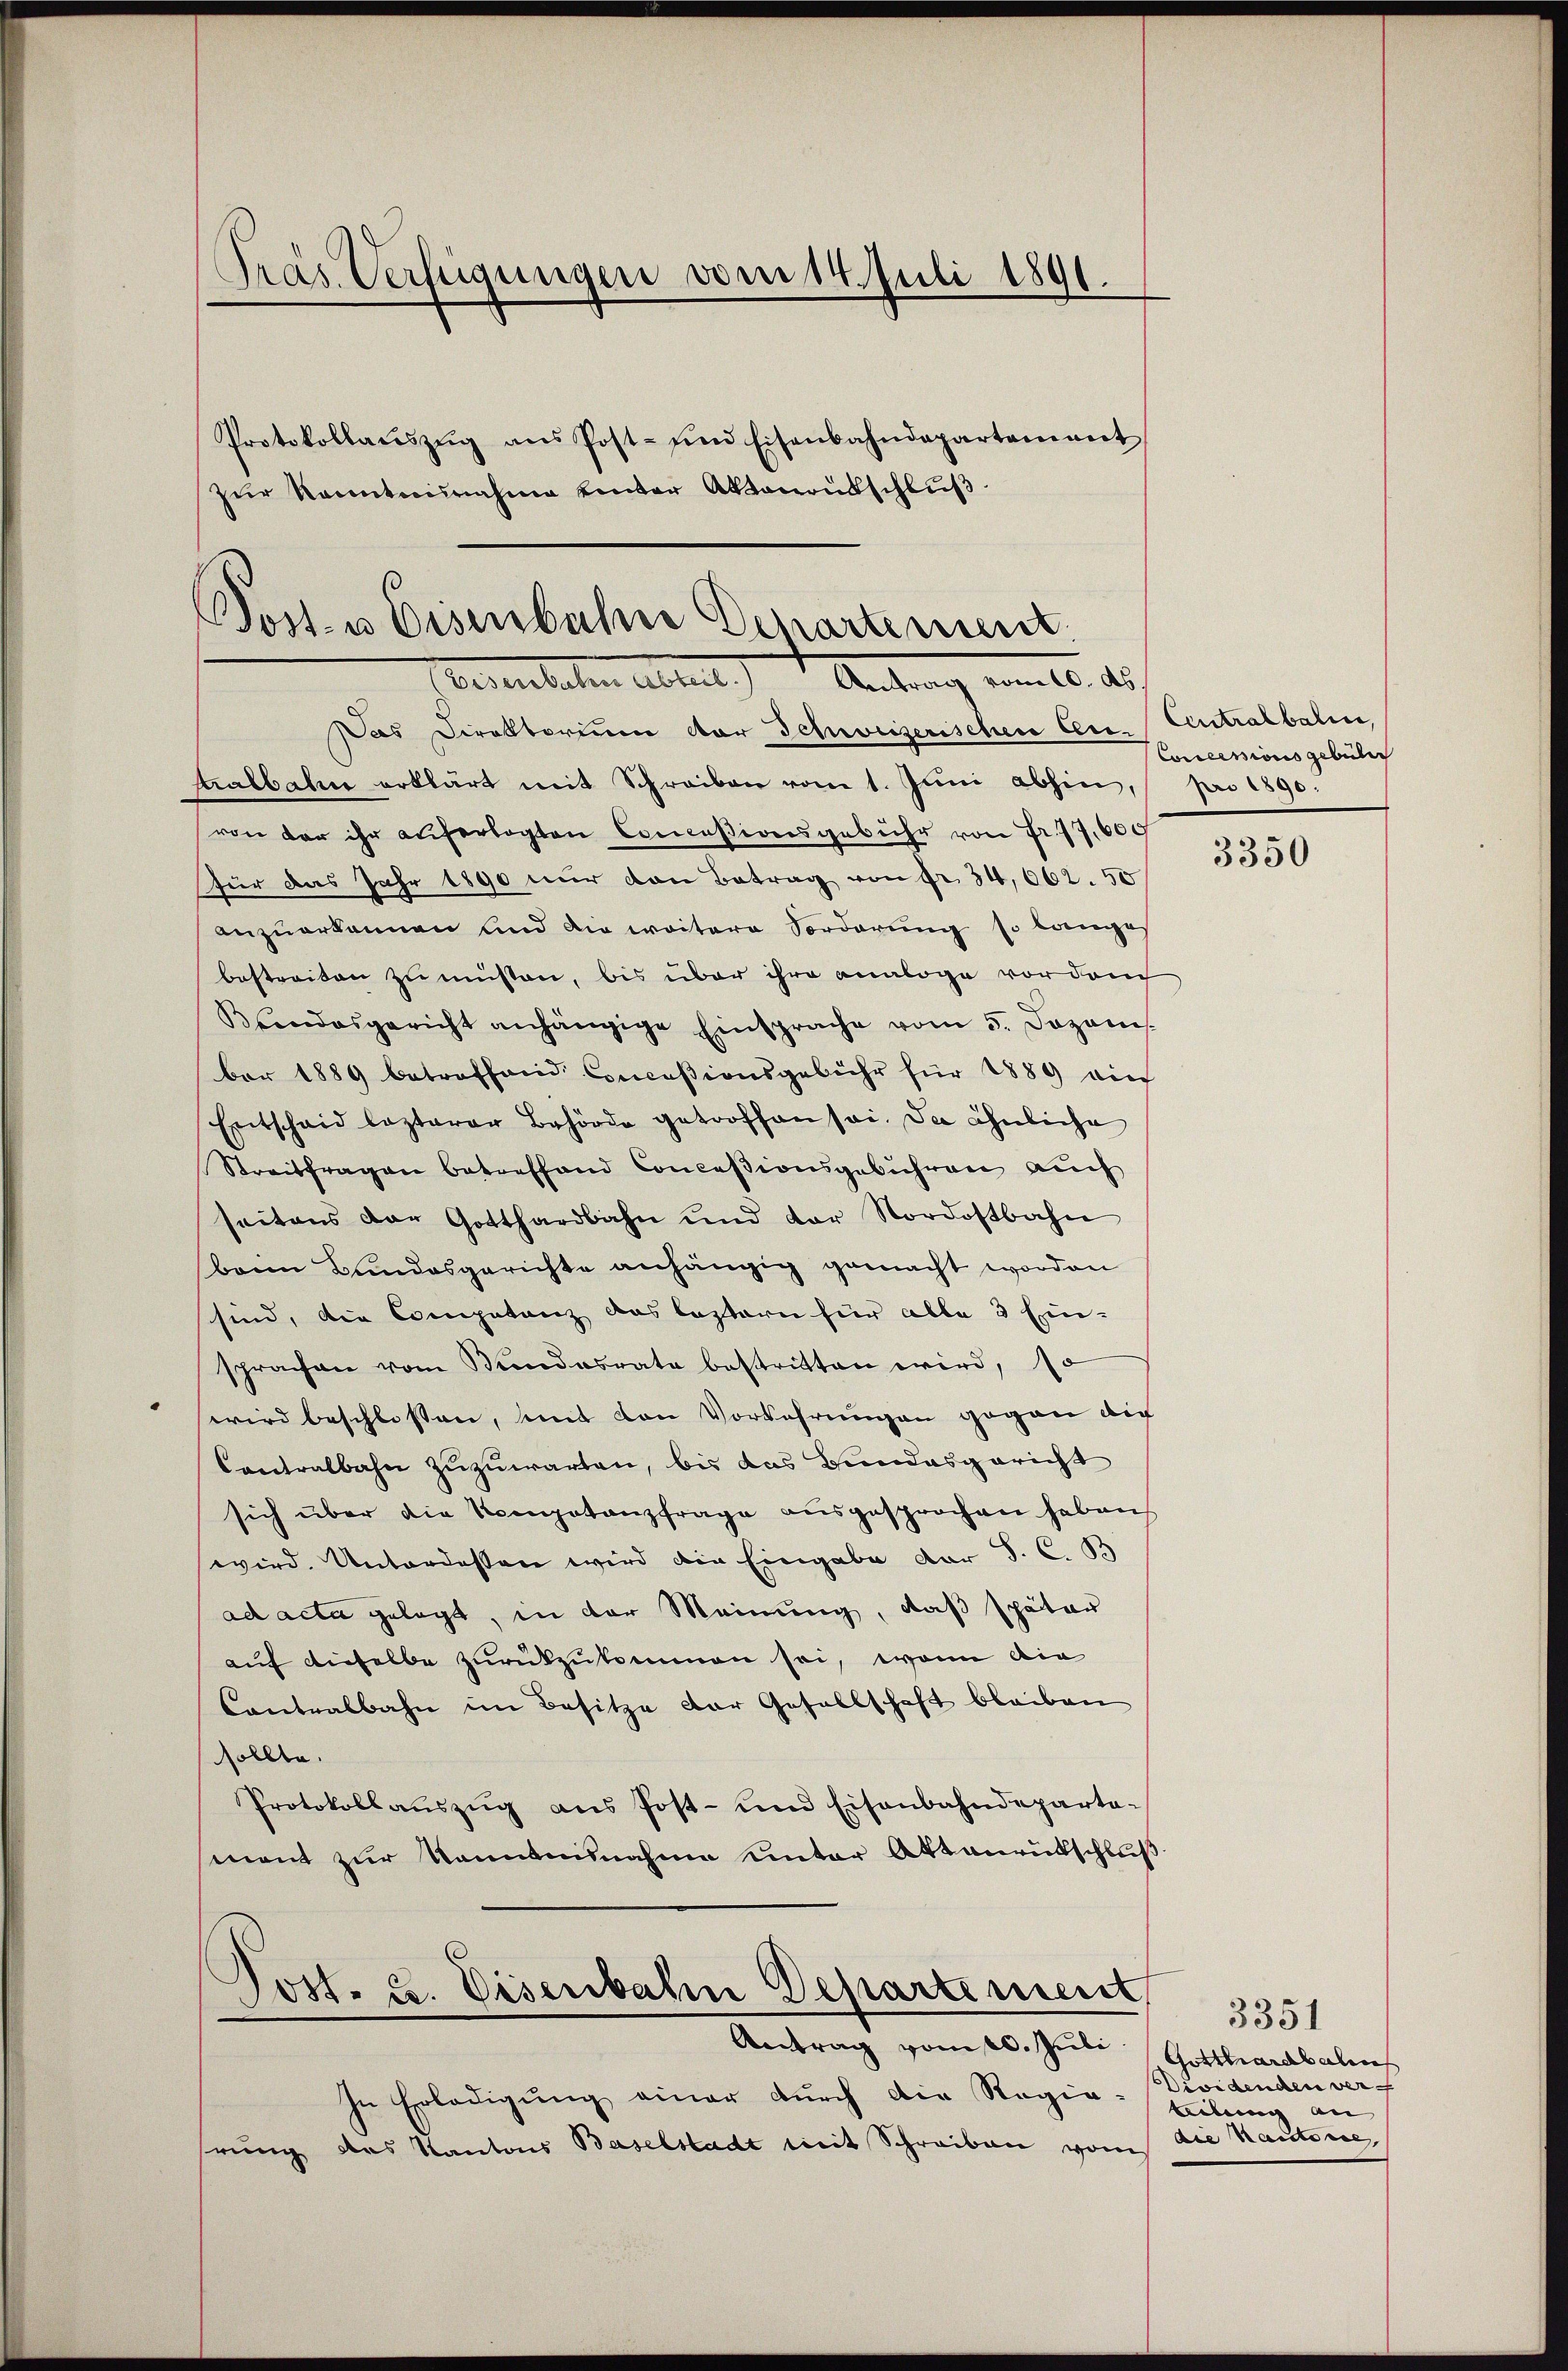
Tras Verfügungen vom 14. Juli 1891.

Post- u Eisenbahne Genartement
(Eisenbahre Abteil. Antrag vom 10. ds.
Das Direktorium vor Schweiserischen Cere. Centralbalen,

talbahn erklärt mit Schreiben vom 1. Jŭni abhin, pro 1890.
von der ihr auferlegten Conceßionsgebühr von Fr. 77,600
Für das Jahr 1890 nur den Betrag von Fr. 34,662. 50
anzuerkannen und die weitere Vorderung so langes
bestreiten zu müsten, bis über ihre analoge vor danch
Brandesgericht anhängige Einsprache vom 5. Dezonis.
ber 1889 betreffend Conceßionsgebühr für 1889 vin
Entschaid lezterer Behörde getroffen sei. Da ähnliche
Streitfragen betreffend Concessionsgebühren auch
seitens der Gotthardbahn und der Nordostbahn
banm Bundesgerichte anhängig gemacht worden
sind, die Competenz das leztern für alle 3 Ein-
sprachen vom Bundesrate bestritten wird, so
wird beschlossen, mit den Vorkehrungen gegen die
Contralbahn zuzuwarten, bis das Bundesgericht
sich über die Kompetenzfrage aŭsgesprochen haben
wird. Unterdessen wird die Eingabe der S. C. B
ad acta gelegt, in der Meinung, daß später
auf dieselbe zurückzukommen sei, wenn die
Contralbahn im Besitze der Gesellschaft bleiben
sollte.
Protokollaŭszŭg aŭs Post- und Eisenbahndeparta-
mant zur Kenntnisnahme unter Aktenrütschluß

zŭr Racenten nahme kinter Aktenoudschlŭβ

Protokollaŭszŭg ans Post- und Eisenbahndepartement

.
Jost- u. Eisenbahn Departement,
Antrag vom 20. Juli.

In Erledigung einer durch die Regie-
hrung des Kantons Baselstadt mit Schreiben vom

Conclesioris gebüler

3350

3351
Gotthardbahn
Dividenden verf
teilung an |
die Kautorie